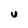
Character: U